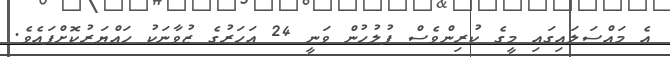
އެ މައްސަލައިގައި މީގެ ކުރިންވެސް ފުލުހުން ވަނީ 24 އަހަރުގެ ޒުވާނަކު ހައްޔަރުކޮށްފައެވެ.